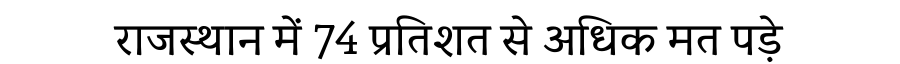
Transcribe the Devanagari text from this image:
राजस्थान में 74 प्रतिशत से अधिक मत पड़े